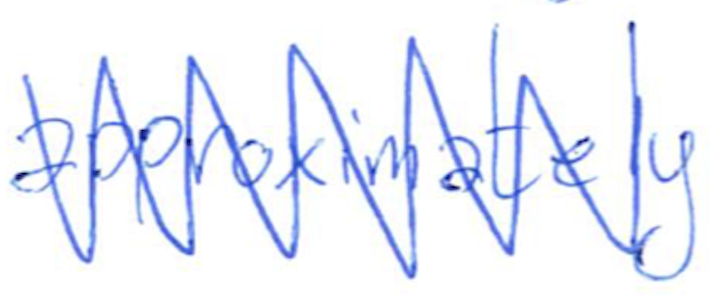
Text: approximately
Cross-out: zig-zag
Writing tool: ballpoint